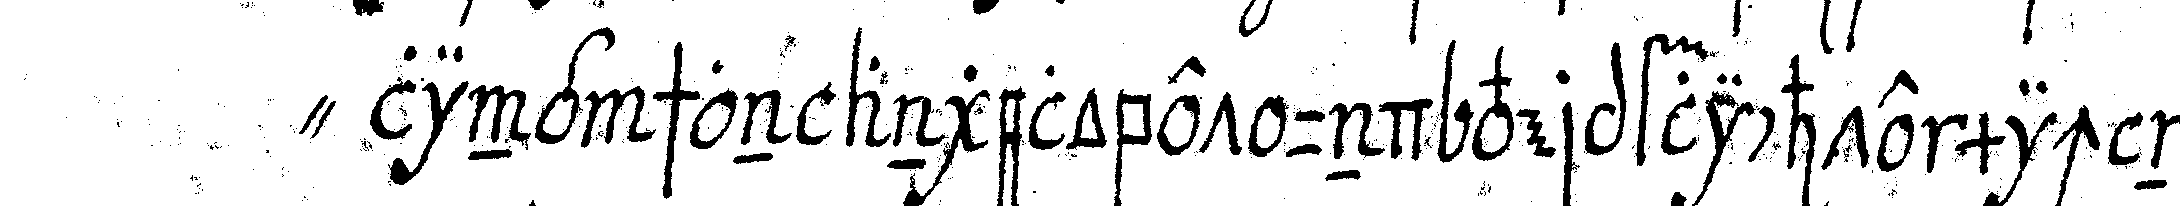
" ling schon angelobet und verpflichte mich noch